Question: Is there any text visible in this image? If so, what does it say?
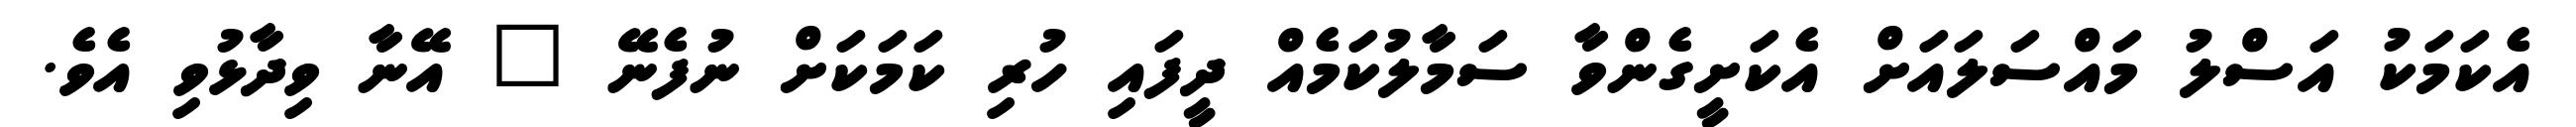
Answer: އެކަމަކު އަސްލު މައްސަލައަށް އެކަށީގެންވާ ސަމާލުކަމެއް ދީފައި ހުރި ކަމަކަށް ނުފެނޭ " އޭނާ ވިދާޅުވި އެވެ.